Civil Veterinary Department Bihar & Orissa reports 1922-29 - 1922-1929
Year: 1922
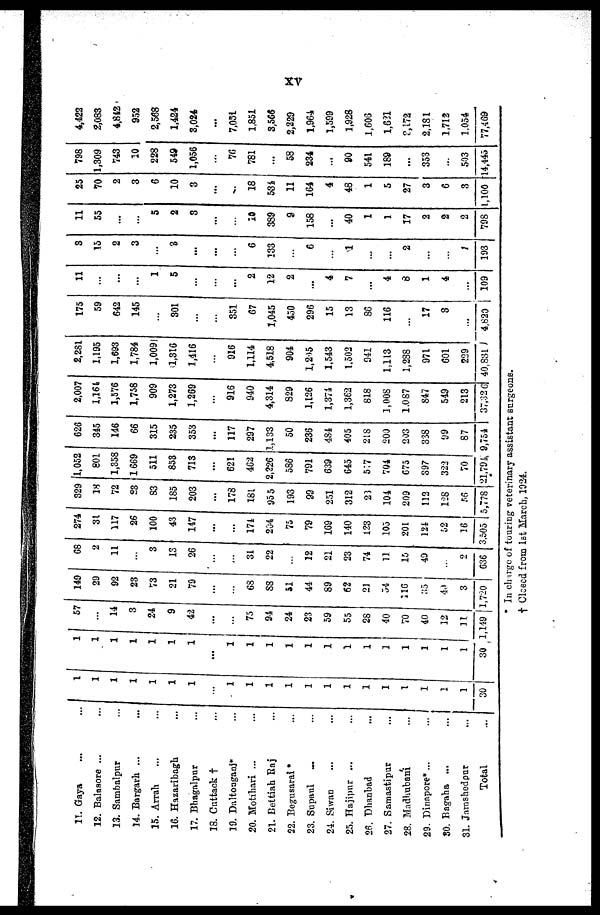
xv
11. Gaya
12. Balasore ...
...
13. Sambalpur
14. Bargarh ...
15. Arrah
16. Hazaribagb.
17. Bhagalpnr
18. Cuttack †
19. Daltonaganj*
20. Motihari ...
21. Bettiah Raj
22. Begusarai *
23. Supanl
24. Siwan
25. Hajipur ...
26. Dhanbad
27. Samastipur
...
28. Madhubani
...
29. Dinapore*...
...
SO. Bagaha ...
31. Jamshedpur
Total
1
1
1
1
30
1
1
1
1
1
1
1
..1.
1
1
1
1
1
1
1
1
1
1
1
1
1
30
1 I 57
1
...
1
14
L
3
24,
9
42
...
75
94
24
23
59
55
28
40
70
40
12
11
1,149
149
29
92
23
73
21
79
6S
S8
51
44
89
62
21
54
116
35
40
3
1,720
68
2
11
3
13
26
31
22
12
21
23
74
11
15
49
...
2
636
274
31
117
26
329
18
72
23
100
83
43
147
...
174
204
75
79
169
140
123
105
201
124
52
16
3,505
185
203
178
181
955
193
99
251
312
2)
104
209
112
128
56
5,778
1,052
801
1,358
1,669
511
853
713
...
621
462
2,226
586
791
639
645
517
704
675
397
322
70
21,795
626
345
146
66
315
235
353
...
117
297
1,133
50
236
484
405
218
200
203
338
99
87
9,754
2,007
1,164
1,576
1,758
909
1,273
1,269
916
940
4,314
S29
1,126
1,374
1,362
818
1,00S
1.087
847
549
213
37,326
2,251
1,195
1,693
1,784
1,009
1,316
1,416
916
1,114
4,518
904
l,205
1,543
1,502
941
1,113
1,288
971
601
229
40,831 )
175
59
642
145
301
...
851
67
1,045
450
296
15
13
86
116
17
8
...
4,820 |
11
...
...
1
5
...
2
12
2
...
4
7
...
4
8
1
4
109
3
15
2
3
3
...
...
6
133
6
1
..,
2
;
193
11
55
...
5
2
3
...
10
389
9
158
...
40
1
1
17
2
2
2
798
25
70
2
3
6
10
3
...
...
18
534
11
164
4
48
1
5
27
3
6
3
1,100
798
1,309
743
10
228
549
1,056
...
7(5
781
...
58
234
...
90
541
189
...
353
503
14,445
4,422
2,083
4,842
952
2,568
1,424
3,024
...
7,051
1.851
3,566
2,229
1,964
1,599
1,928
1.605
1,621
3,172
2,181
1,712
1,054
77,469
* In charge of touring veterinary assistant surgeons.
† Closed from 1st March, 1924.